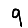
Digit: 9